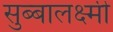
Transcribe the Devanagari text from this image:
सुब्बालक्ष्मी